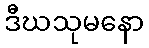
ဒီဃသုမနော